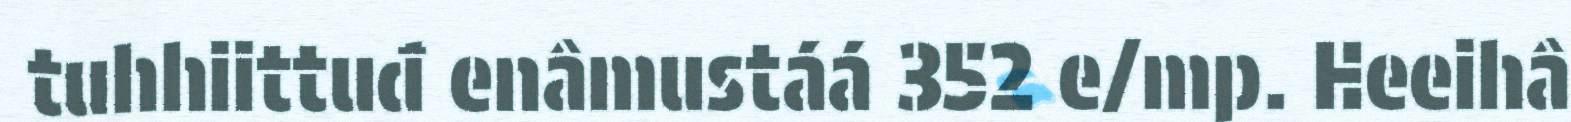
tuhhiittuđ enâmustáá 352 e/mp. Heeihâ